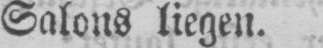
Salons liegen.